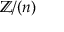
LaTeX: \mathbb { Z } / ( n )